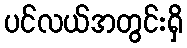
ပင်လယ်အတွင်းရှိ